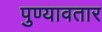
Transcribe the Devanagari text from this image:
पुण्यावतार